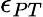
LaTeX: \epsilon_{PT}